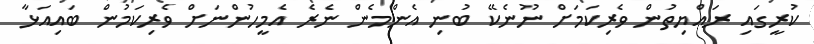
ކުރީގައި ރައްޔިތުން ވެރިކަމަށް ނޫނެކޭ ބުނި އެންމެން ނެރެ އެމީހުންނަށް ވެރިކަމުން ބައިއަޅާ